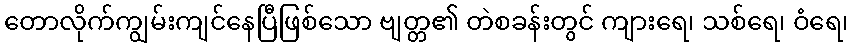
တောလိုက်ကျွမ်းကျင်နေပြီဖြစ်သော ဗျတ္တ၏ တဲစခန်းတွင် ကျားရေ၊ သစ်ရေ၊ ဝံရေ၊